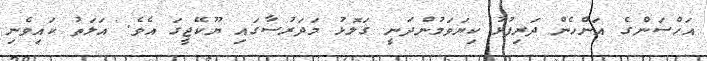
އަހްސަންގެ އަންހެން ދަރިފުޅު ކިޔަވަމުންދަނީ ގަލޮޅު މަދަރުސާގައި ޔޫކޭޖީގަ އެވެ. އަލަތު ކައިވެނި